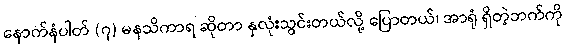
နောက်နံပါတ် (၇) မနသိကာရ ဆိုတာ နှလုံးသွင်းတယ်လို့ ပြောတယ်၊ အာရုံ ရှိတဲ့ဘက်ကို